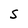
Character: s